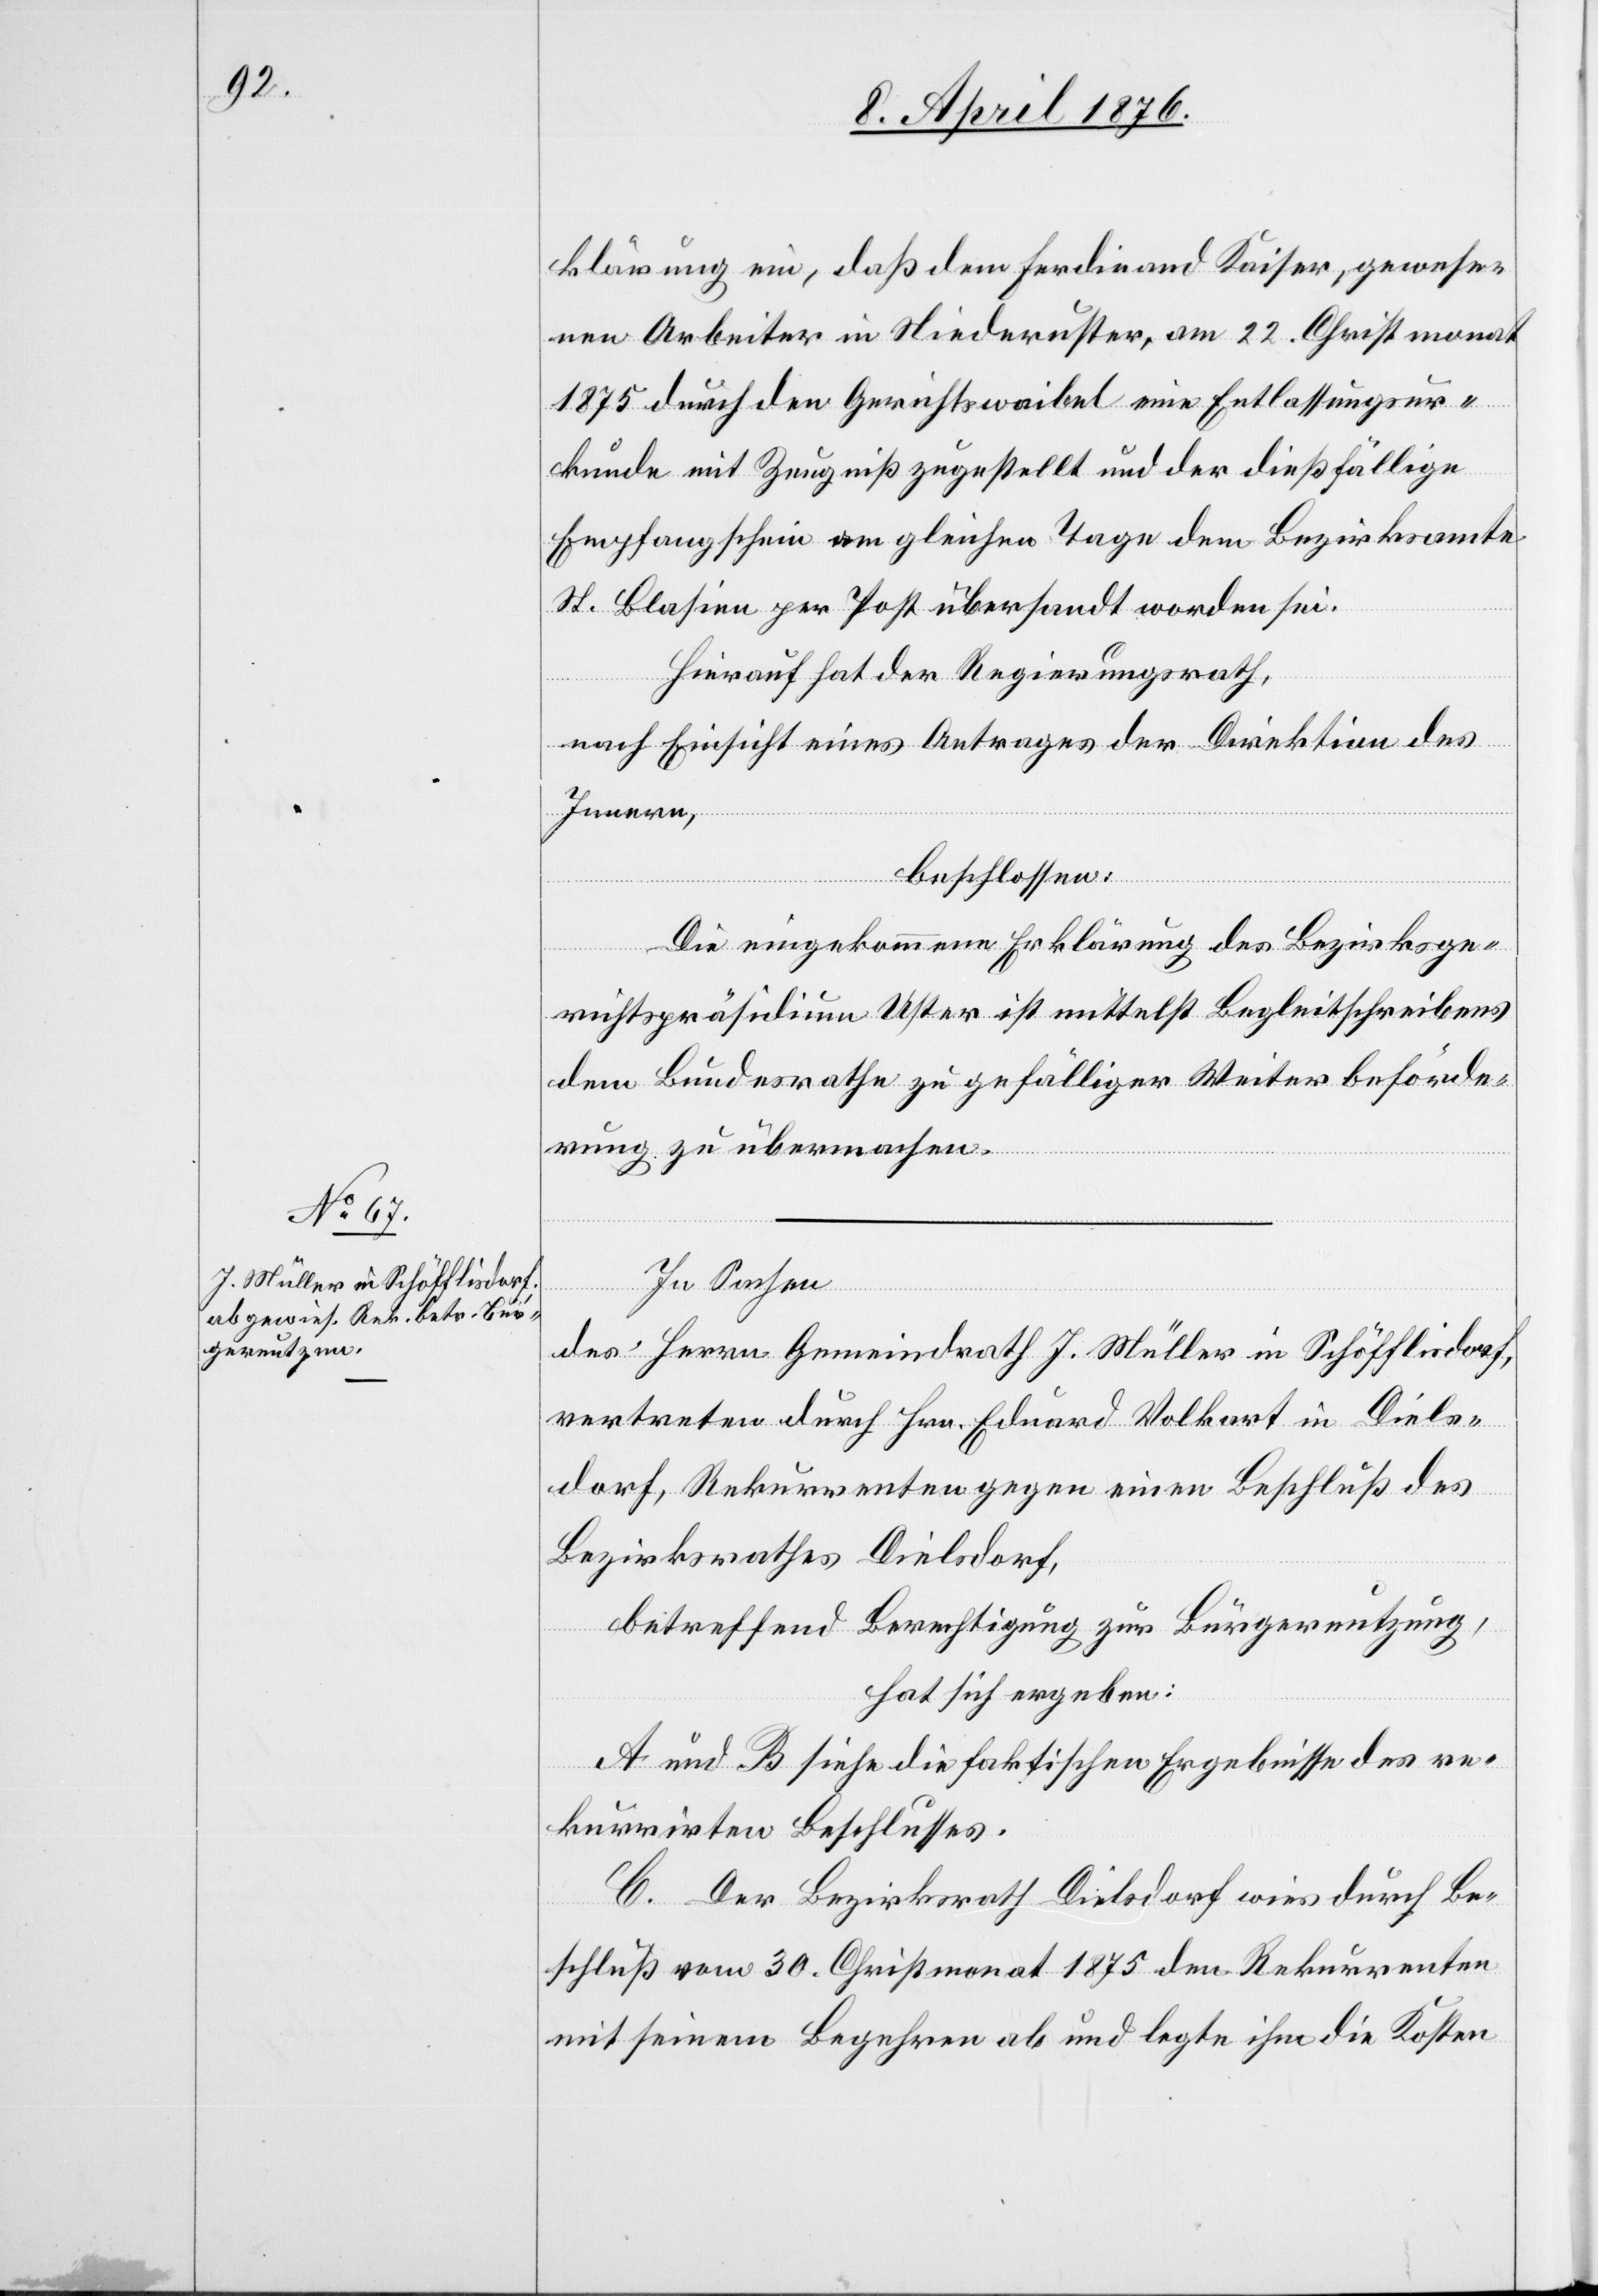
klärung ein, daß dem Ferdinand Kaiser, gewese¬
nen Arbeiter in Niederuster, am 22. Christmonat
1875 durch den Gerichtswaibel eine Entlassungsur¬
kunde mit Zeugniß zugestellt und der dießfällige
Empfangsschein am gleichen Tage dem Bezirksamte
St. Blasien per Post übersandt worden sei.
Hierauf hat der Regierungsrath,
nach Einsicht eines Antrages der Direktion des
Innern,
Die eingekommene Erklärung des Bezirksge¬
richtspräsidium Uster ist mittelst Begleitschreibens
dem Bundesrathe zu gefälliger Weiterbeförde¬
rung zu übermachen.
In Sachen
des Herrn Gemeindrath J. Müller in Schöfflisdorf,
vertreten durch Hrn. Eduard Volkart in Diels¬
dorf, Rekurrenten gegen einen Beschluß des
Bezirksrathes Dielsdorf,
betreffend Berechtigung zur Bürgernutzung,
hat sich ergeben:
A und B siehe die faktischen Ergebnisse des re¬
kurrirten Beschlusses.
C. Der Bezirksrath Dielsdorf wies durch Be¬
schluß vom 30. Christmonat 1875 den Rekurrenten
mit seinem Begehren ab und legte ihm die Kosten